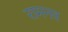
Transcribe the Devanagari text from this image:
रामनव